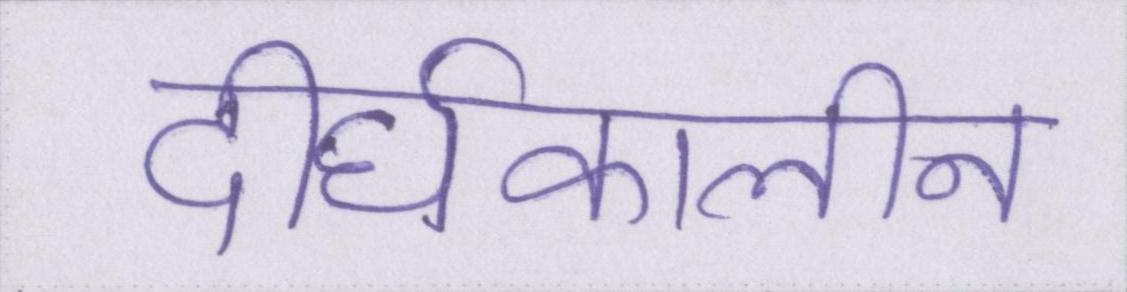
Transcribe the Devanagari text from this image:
दीर्घकालीन